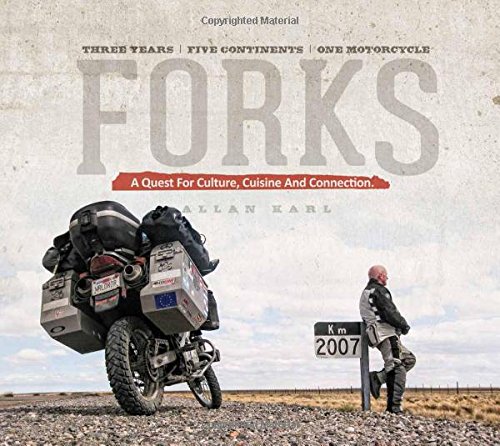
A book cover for Forks: A Quest for Culture, Cuisine, and Connection. Three Years. Five Continents. One Motorcycle.; Allan Karl; Cookbooks, Food & Wine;